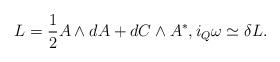
LaTeX: \begin{gather*}L=\frac12 A\wedge dA +dC\wedge A^\ast ,i_Q\omega \simeq \delta L .\end{gather*}